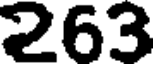
263